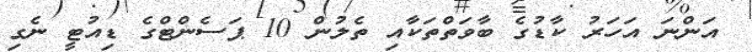
އަންނަ އަހަރު ކާޑުގެ ބާވަތްތަކާއި ތެލުން 10 ޕަސެންޓްގެ ޑިއުޓީ ނެގި